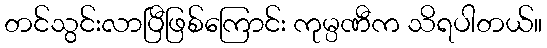
တင်သွင်းလာပြီဖြစ်ကြောင်း ကုမ္ပဏီက သိရပါတယ်။